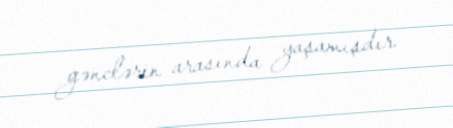
gənclərin arasında yaşamışdır.